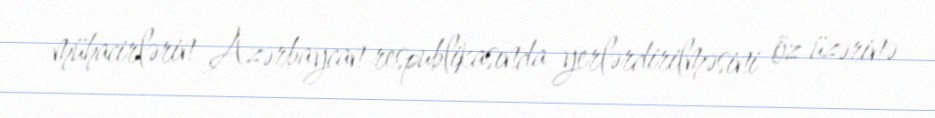
mühacirlərin Azərbaycan respublikasında yerlərdirilməsini öz üzərinə